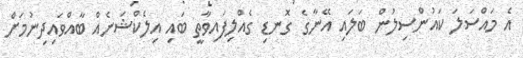
އެ މައްސަލަ ކައުންސިލުން ބަލައި އޭނާގެ ގޮނޑި ގެއްލިފައިވާތީ ބައި އިލެކްޝަނެއް ބާއްވައިދިނުމަށް